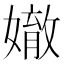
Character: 𡡠